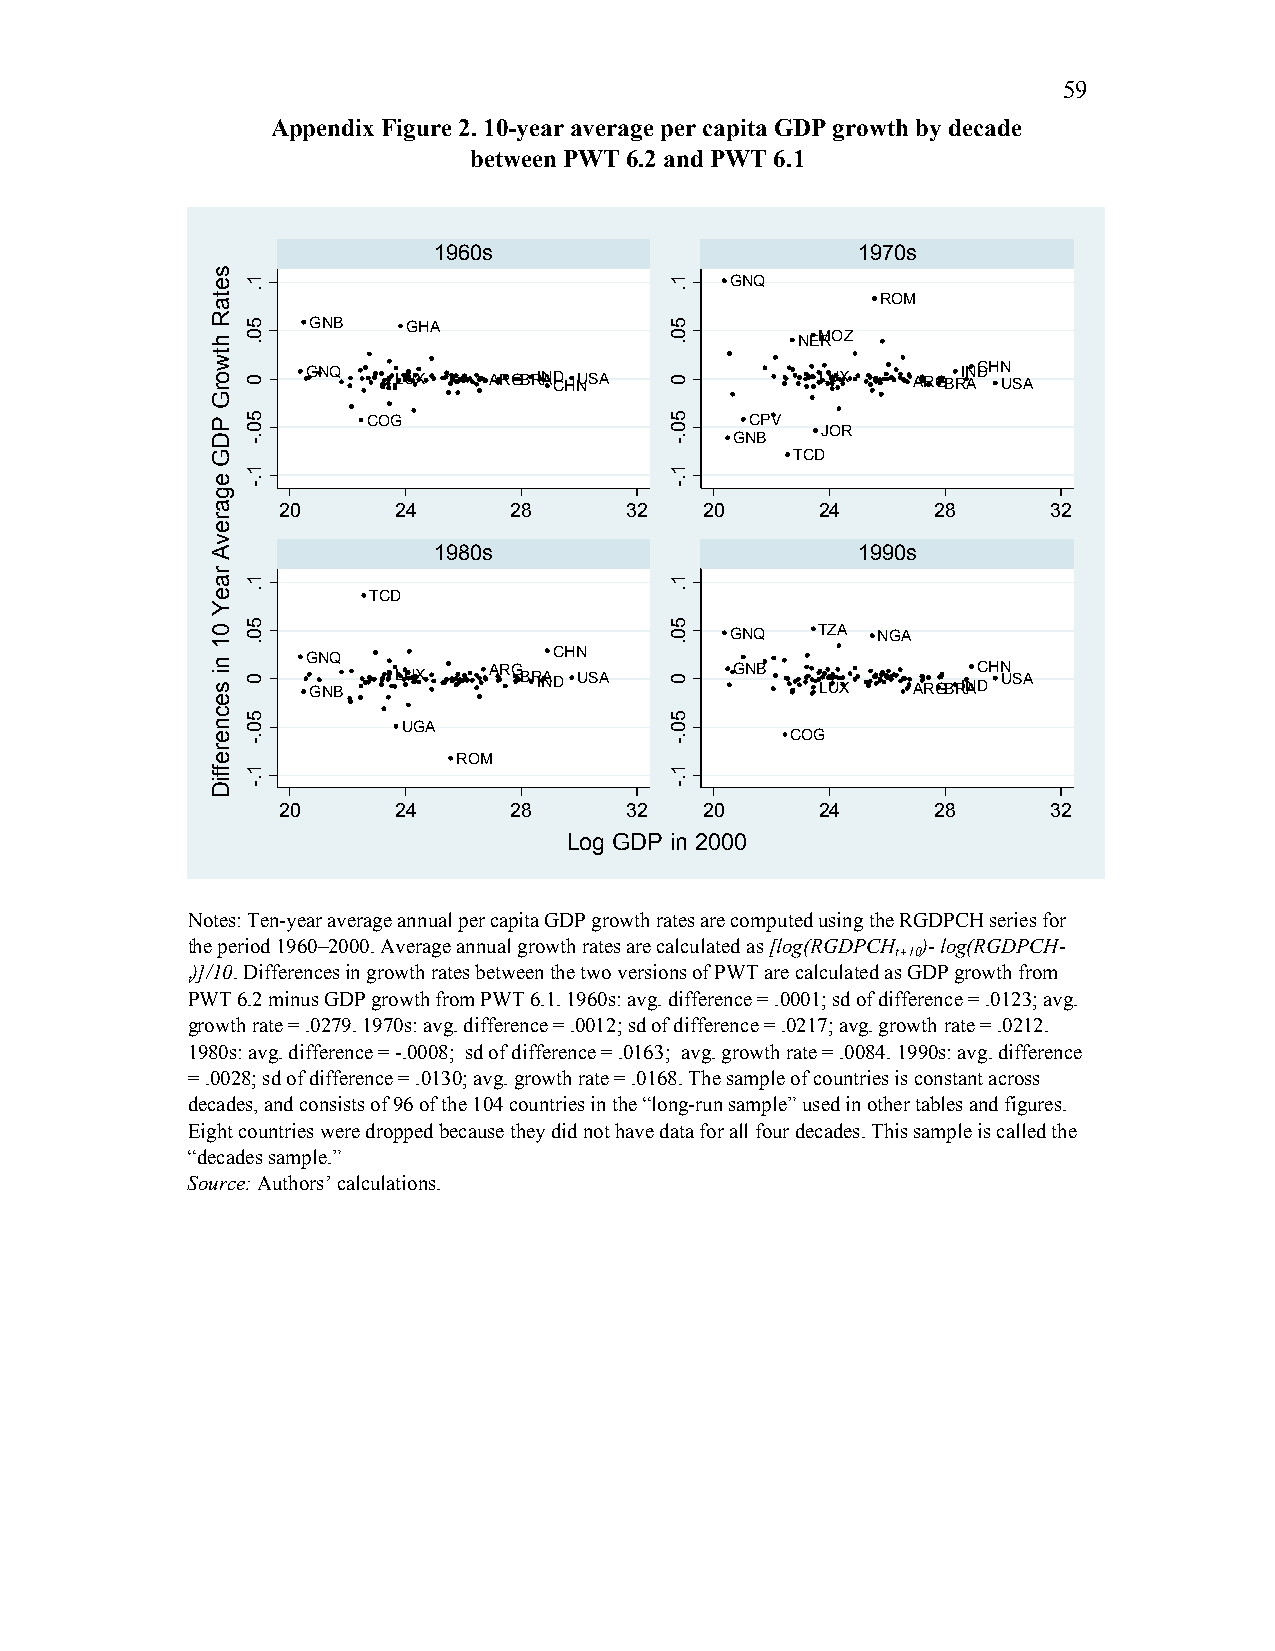
59
 Appendix Figure 2. 10-year average per capita GDP growth by decade
 between PWT 6.2 and PWT 6.1
 1960s                       1970s
 GNQ
 ROM
 GNB    GHA
 NEMROZ
 GNQ   LUX   ARGBRINAD CHNUSA      LUX   ARGBRIN ADCHN USA
 COG                       CPV
 JOR
 GNB
 TCD
 20      24      28     32    20     24      28      32
 1980s                       1990s
 TCD
 GNQ   TZA NGA
 GNQ              CHN
 GNB
 LUX   ARG BRINAD USA   GNB
 LUX
 ARGBRINADCHN USA
 UGA
 COG
 ROM
 20      24      28     32    20     24      28      32
 Log GDP in 2000
 Notes: Ten-year average annual per capita GDP growth rates are computed using the RGDPCH series for
 the period 1960–2000. Average annual growth rates are calculated as [log(RGDPCH )- log(RGDPCH-
 t+10
 )]/10. Differences in growth rates between the two versions of PWT are calculated as GDP growth from
 t
 PWT 6.2 minus GDP growth from PWT 6.1. 1960s: avg. difference = .0001; sd of difference = .0123; avg.
 growth rate = .0279. 1970s: avg. difference = .0012; sd of difference = .0217; avg. growth rate = .0212.
 1980s: avg. difference = -.0008; sd of difference = .0163; avg. growth rate = .0084. 1990s: avg. difference
 = .0028; sd of difference = .0130; avg. growth rate = .0168. The sample of countries is constant across
 decades, and consists of 96 of the 104 countries in the “long-run sample” used in other tables and figures.
 Eight countries were dropped because they did not have data for all four decades. This sample is called the
 “decades sample.”
 Source: Authors’ calculations.
 setaR
 htworG
 PDG
 egarevA
 raeY
 01
 ni
 secnereffiD
 1.
 50.
 0
 50.-
 1.-
 1.
 50.
 0
 50.-
 1.-
 1.
 50.
 0
 50.-
 1.-
 1.
 50.
 0
 50.-
 1.-